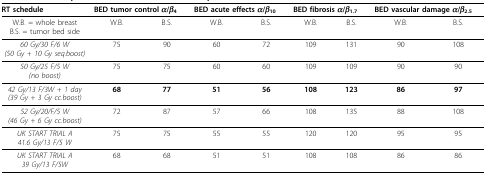
<table><thead><tr><td><b>RT schedule</b></td><td colspan="2"><b>BED tumor control <i>α</i>/<i>β</i><sub>4</sub></b></td><td colspan="2"><b>BED acute effects <i>α</i>/<i>β</i><sub>10</sub></b></td><td colspan="2"><b>BED fibrosis <i>α</i>/<i>β</i><sub>1.7</sub></b></td><td colspan="2"><b>BED vascular damage <i>α</i>/<i>β</i><sub>2.5</sub></b></td></tr></thead><tbody><tr><td>W.B. = whole breastB.S. = tumor bed side</td><td>W.B.</td><td>B.S.</td><td>W.B.</td><td>B.S.</td><td>W.B.</td><td>B.S.</td><td>W.B.</td><td>B.S.</td></tr><tr><td><i>60 Gy/30 F/6 W</i><i>(50 Gy + 10 Gy seq.boost)</i></td><td>75</td><td>90</td><td>60</td><td>72</td><td>109</td><td>131</td><td>90</td><td>108</td></tr><tr><td><i>50 Gy/25 F/5 W</i><i>(no boost)</i></td><td>75</td><td>75</td><td>60</td><td>60</td><td>109</td><td>109</td><td>90</td><td>90</td></tr><tr><td><i>42 Gy/13 F/3W + 1 day</i><i>(39 Gy + 3 Gy cc.boost)</i></td><td><b>68</b></td><td><b>77</b></td><td><b>51</b></td><td><b>56</b></td><td><b>108</b></td><td><b>123</b></td><td><b>86</b></td><td><b>97</b></td></tr><tr><td><i>52 Gy/20/F/5 W</i><i>(46 Gy + 6 Gy cc.boost)</i></td><td>72</td><td>87</td><td>57</td><td>66</td><td>108</td><td>135</td><td>88</td><td>108</td></tr><tr><td><i>UK START TRIAL A</i><i>41.6 Gy/13 F/5 W</i></td><td>75</td><td>75</td><td>55</td><td>55</td><td>120</td><td>120</td><td>95</td><td>95</td></tr><tr><td><i>UK START TRIAL A</i><i>39 Gy/13 F/5W</i></td><td>68</td><td>68</td><td>51</td><td>51</td><td>108</td><td>108</td><td>86</td><td>86</td></tr></tbody></table>